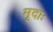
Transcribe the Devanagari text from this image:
मृदाः